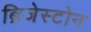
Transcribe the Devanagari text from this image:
ब्रिजेस्टोन